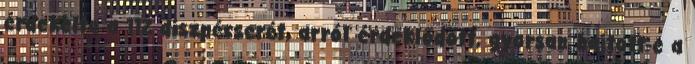
érdekelte a 112 diszpécserét, arról érdeklődött, gyorsan hajtott-e a